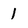
Character: 1